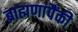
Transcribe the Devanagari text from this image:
ब्राह्मणांपैंकी